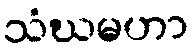
သံဃမဟာ